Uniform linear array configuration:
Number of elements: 12
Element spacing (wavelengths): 0.5
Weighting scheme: exponential
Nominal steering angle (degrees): -60
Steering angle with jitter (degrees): -58.643
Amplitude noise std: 0.05
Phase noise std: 0.05

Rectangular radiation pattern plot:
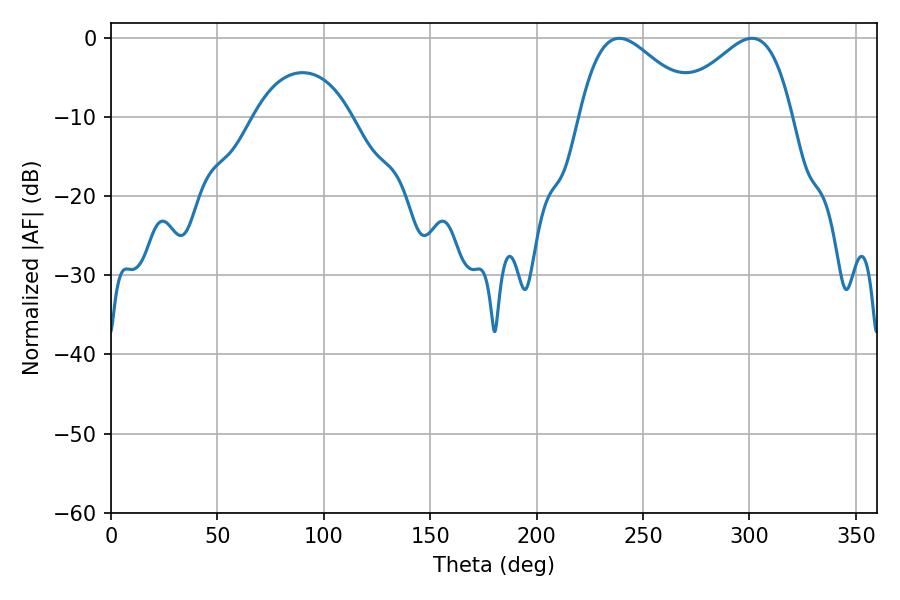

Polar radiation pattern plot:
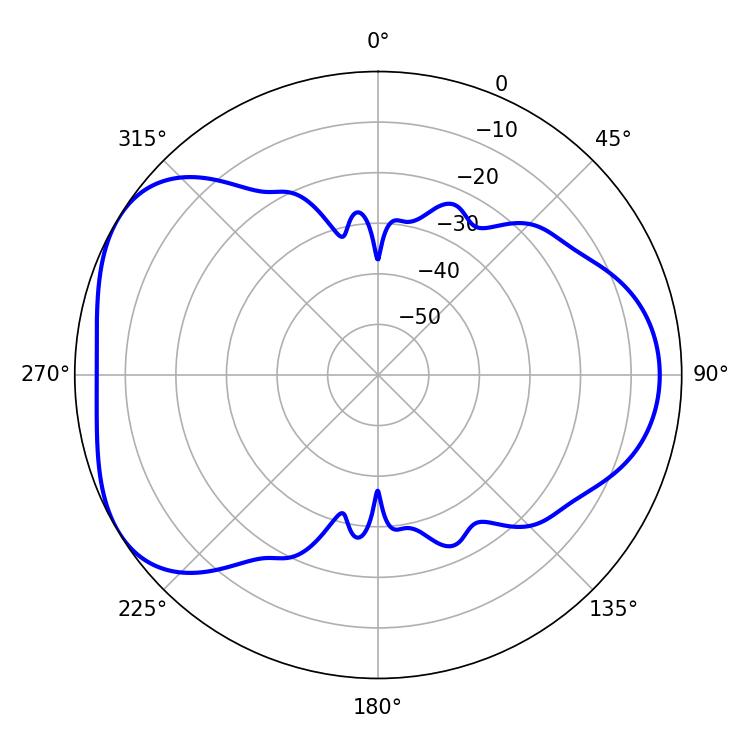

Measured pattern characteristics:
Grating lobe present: FALSE
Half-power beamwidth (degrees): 29.34
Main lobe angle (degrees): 238.86